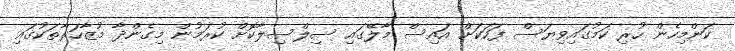
ކަންމިހެން ހުރި ކަމުގައިވިޔަސް ފަހަކަށް އައިސް މާލޭގައި ސިލްސިލާކޮށް ކުރަމުން މިގެންދާ މުޒާހަރާތަކުގައި